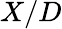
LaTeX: X/D